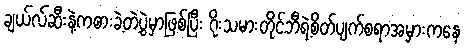
ချယ်လ်ဆီးနဲ့ကစားခဲ့တဲ့ပွဲမှာဖြစ်ပြီး ဂိုးသမားတိုင်ဘီရဲ့စိတ်ပျက်စရာအမှားကနေ